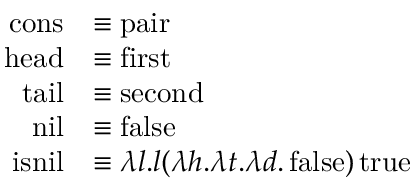
{ \begin{array} { r l } { \operatorname { c o n s } } & { \equiv \operatorname { p a i r } } \\ { \operatorname { h e a d } } & { \equiv \operatorname { f i r s t } } \\ { \operatorname { t a i l } } & { \equiv \operatorname { s e c o n d } } \\ { \operatorname { n i l } } & { \equiv \operatorname { f a l s e } } \\ { \operatorname { i s n i l } } & { \equiv \lambda l . l ( \lambda h . \lambda t . \lambda d . \operatorname { f a l s e } ) \operatorname { t r u e } } \end{array} }